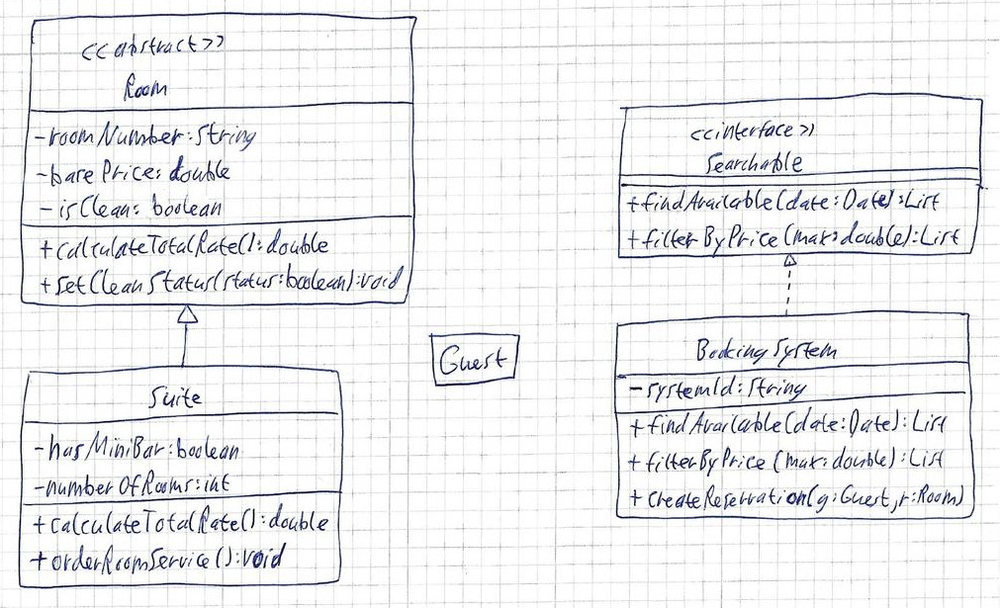
Diagram type: class_diagram
```plantuml
@startuml

abstract class Room {
  - roomNumber: String
  - basePrice: double
  - isClean: boolean
  + calculateTotalRate(): double
  + setCleanStatus(status: boolean): void
}

class Suite extends Room {
  - hasMiniBar: boolean
  - numberOfRooms: int
  + calculateTotalRate(): double
  + orderRoomService(): void
}

class Guest

interface Searchable {
  + findAvailable(date: Date): List
  + filterByPrice(max: double): List
}

class BookingSystem implements Searchable {
  - systemId: String
  + findAvailable(date: Date): List
  + filterByPrice(max: double): List
  + createReservation(g: Guest, r: Room)
}

@enduml
```